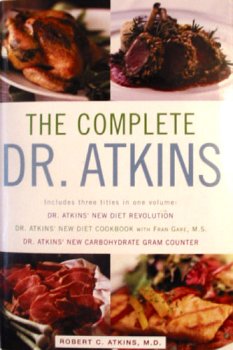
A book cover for The Complete Dr. Atkins; Robert C. Atkins; Health, Fitness & Dieting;